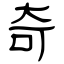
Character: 奇